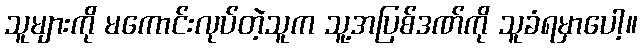
သူများကို မကောင်းလုပ်တဲ့သူက သူ့အပြစ်ဒဏ်ကို သူခံရမှာပေါ့။